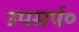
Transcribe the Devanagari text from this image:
उपसर्प०